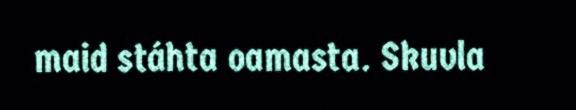
maid stáhta oamasta. Skuvla